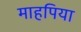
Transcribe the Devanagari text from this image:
माहपिया